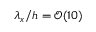
\lambda _ { x } / h = \mathcal { O } ( 1 0 )